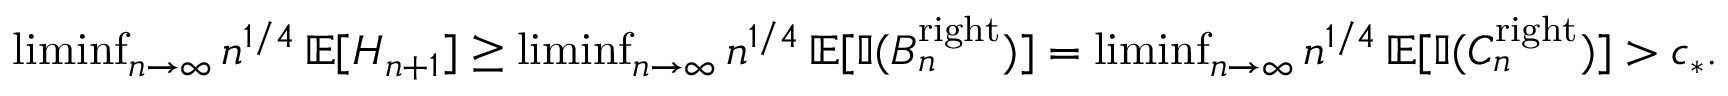
\begin{array} { r } { \operatorname* { l i m i n f } _ { n \rightarrow \infty } n ^ { 1 / 4 } \operatorname { \mathbb { E } } [ H _ { n + 1 } ] \geq \operatorname* { l i m i n f } _ { n \rightarrow \infty } n ^ { 1 / 4 } \operatorname { \mathbb { E } } [ \mathbb { I } ( B _ { n } ^ { \mathrm { r i g h t } } ) ] = \operatorname* { l i m i n f } _ { n \rightarrow \infty } n ^ { 1 / 4 } \operatorname { \mathbb { E } } [ \mathbb { I } ( C _ { n } ^ { \mathrm { r i g h t } } ) ] > c _ { * } . } \end{array}